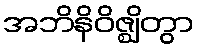
အဘိနိဝိဇ္ဈိတွာ